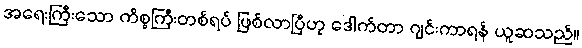
အရေးကြီးသော ကိစ္စကြီးတစ်ရပ် ဖြစ်လာပြီဟု ဒေါက်တာ ဂျင်းကာရန် ယူဆသည်။